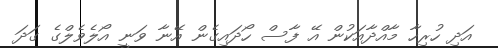
އަދި ހުރިހާ މާއްދާއަކުން އޭ ފާސް ހޯދައިގެން އޭނާ ވަނީ އޯލެވެލްގެ ގަދަ